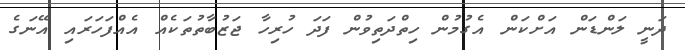
ދަނީ ލަންޑަން އަށްކަން އެގުމުން ހިތްދަތިވުން ފަދަ ހުރިހާ ޖަޒުބާތުތަކެއް އެއްފަހަރައި އޭނަގެ